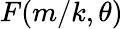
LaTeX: F(m/k,\theta)